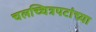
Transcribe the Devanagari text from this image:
चलच्चित्रपटांच्या